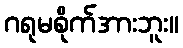
ဂရုမစိုက်အားဘူး။